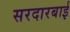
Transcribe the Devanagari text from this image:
सरदारबाई